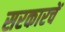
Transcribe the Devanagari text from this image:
सरकारचें